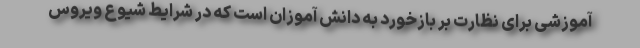
آموزشی برای نظارت بر بازخورد به دانش آموزان است که در شرایط شیوع ویروس